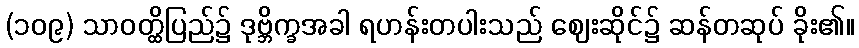
(၁၀၉) သာဝတ္ထိပြည်၌ ဒုဗ္ဘိက္ခအခါ ရဟန်းတပါးသည် ဈေးဆိုင်၌ ဆန်တဆုပ် ခိုး၏။